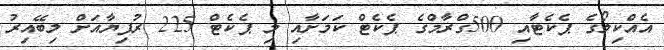
އެއްކިލޯގެ ޕެކެޓާއި 500ގްރާމްގެ ޕެކެޓް ކަމަށާއި މި ޕެކެޓް 225 ރުފިޔާއަށް ލިބޭއިރު